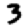
Digit: 3